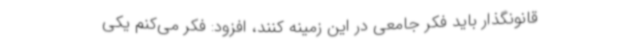
قانونگذار باید فکر جامعی در این زمینه کنند، افزود: فکر می‌کنم یکی